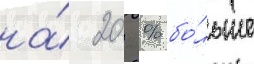
на́ 20 % бо́льше